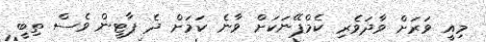
މިއީ ވަރަށް ވާދަވެރި ކެމްޕޭނަކަށް ވާނެ ކަމަށް ދެ ޕާޓީން ވެސް ތިބީ